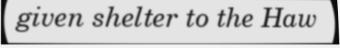
given shelter to the Haw